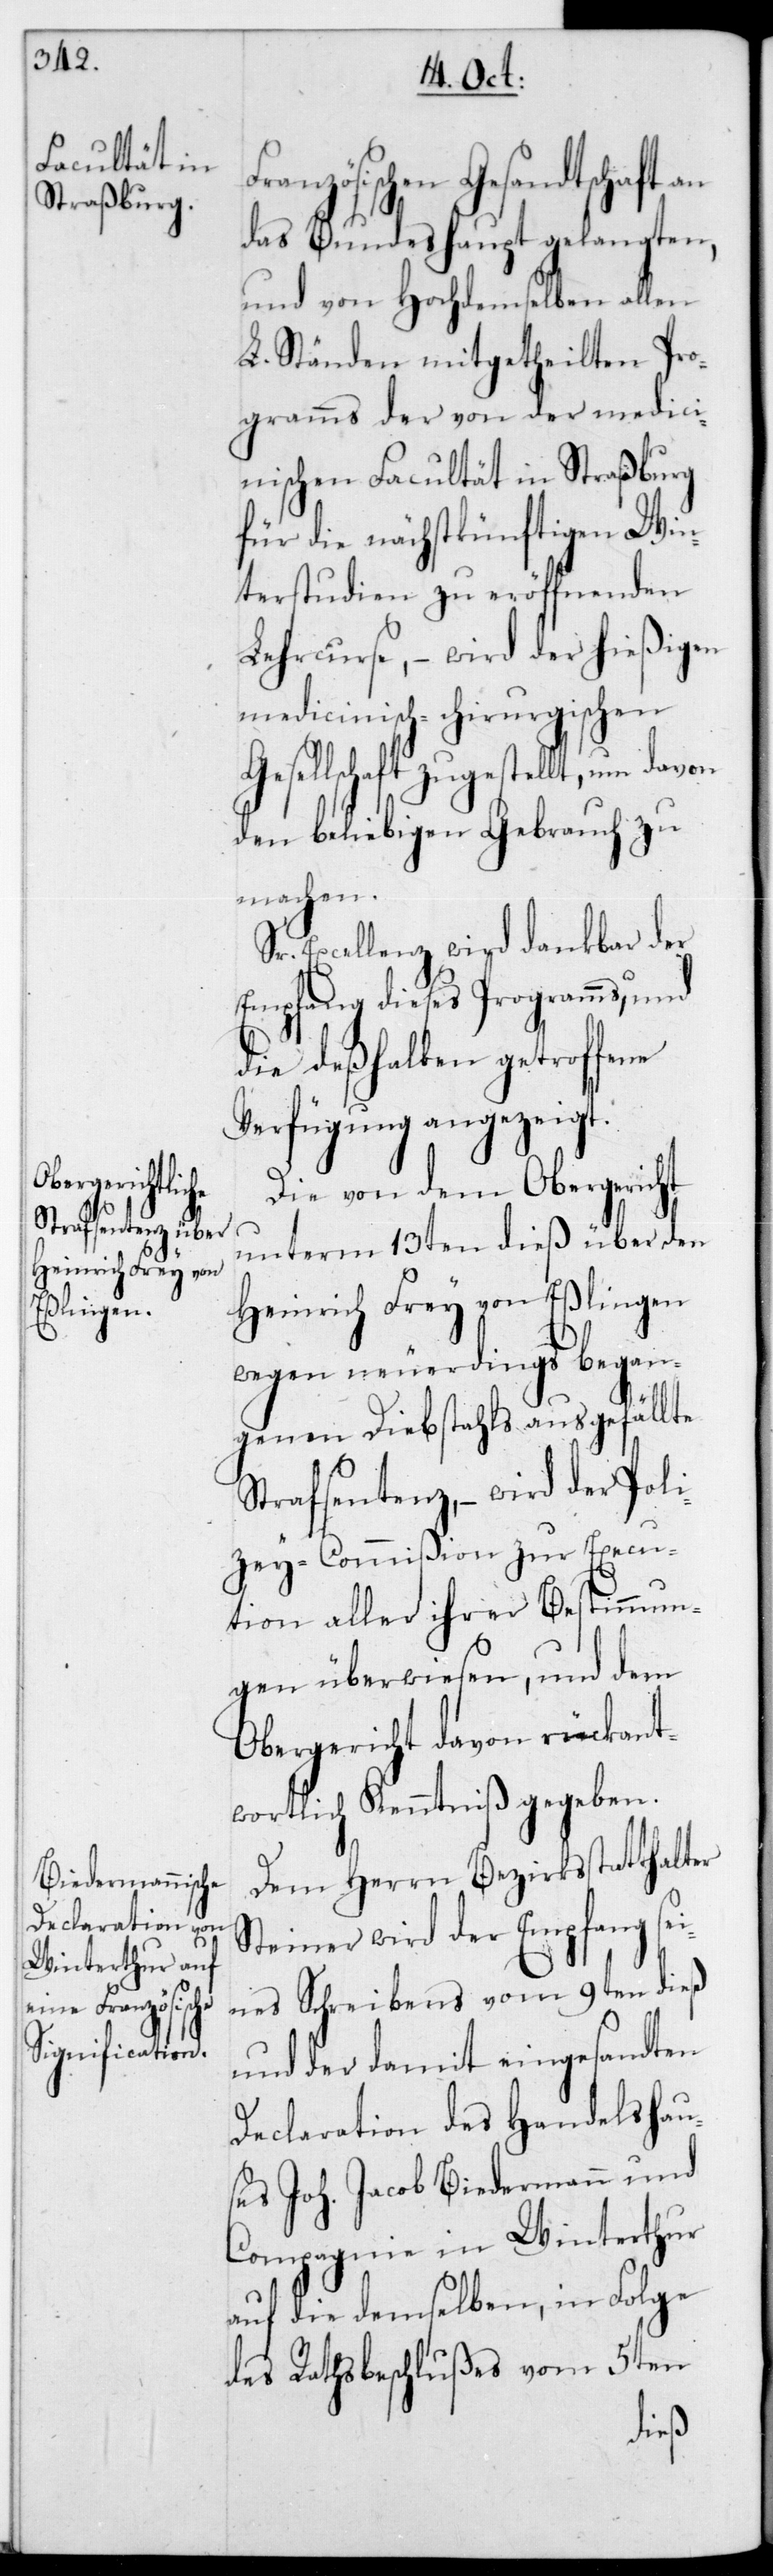
Französischen Gesandtschaft an
das Bundeshaupt gelangten,
und von Hochdemselben allen
L. Ständen mitgetheilten Pro¬
gramms der von der medici¬
nischen Facultät in Straßburg
für die nächstkünftigen Win¬
terstudien zu eröffnenden
Lehrcurse, – wird der hießigen
medicinisch-chirurgischen
Gesellschaft zugestellt, um davon
den beliebigen Gebrauch zu
machen.
Sr. Excellenz, wird dankbar der
Empfang dieses Programms, und
die deßhalben getroffene
Verfügung angezeigt.
Die von dem Obergericht
unterm 13ten dieß über den
Heinrich Frey von Eßlingen
wegen neuerdings began¬
genen Diebstahls ausgefällte
Strafsentenz, – wir der Poli¬
zey-Commißion zur Execu¬
tion aller ihrer Bestimmun¬
gen überwiesen, und dem
Obergericht davon rückant¬
wortlich Kenntniß gegeben.
Dem Herrn Bezirksstatthalter
Steiner wird der Empfang sei¬
nes Schreibens vom 9ten dieß
und der damit eingesandten
Declaration des Handelshau¬
ses Joh. Jacob Biedermann und
Compagnie in Winterthur
auf die demselben, in Folge
des Rathsbeschlußes vom 5ten